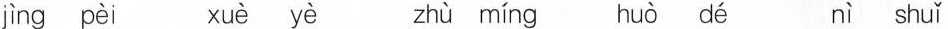
jìng pèi xuè yè zhù míng huò dé nì shuǐ